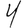
Digit: 4